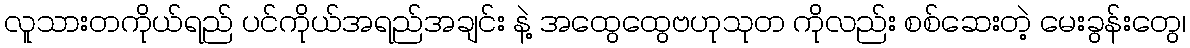
လူသားတကိုယ်ရည် ပင်ကိုယ်အရည်အချင်း နဲ့ အထွေထွေဗဟုသုတ ကိုလည်း စစ်ဆေးတဲ့ မေးခွန်းတွေ၊